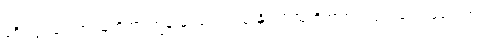
ခရီးသွားတွေက သူတို့ဟာ ကျွန်းမှာ ငွေလာသုံးနိုင်လို့ သူတို့ဘာလုပ်လုပ်၊ ဒေသခံတွေက